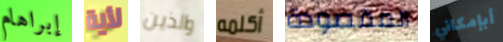
إبراهام لأية والذين أكلمه المقصودة أبإمكاني